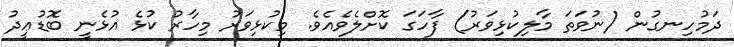
ދަމުހިނގުން (ނުވަތަ މާލިކުޅިވަރު) ފާހަގަ ކޮށްލެވެއެވެ. މިކުޅިވަރު މިހާރު ކުޅެ އުޅެނީ ބޮޑުޢީދު